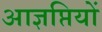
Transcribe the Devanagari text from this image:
आज्ञप्तियों